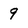
Character: 9